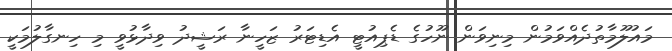
މައުލޫމާތުދެއްވަމުން މިނިވަން ނޫހުގެ ޑެޕިއުޓީ އެޑިޓަރު ޒަހީނާ ރަޝީދު ވިދާޅުވީ މި ހިނގާލުމަކީ